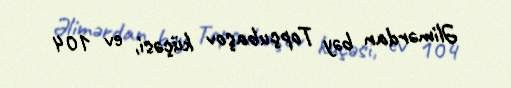
Əlimərdan bəy Topçubaşov küçəsi, ev 104